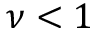
\nu < 1